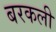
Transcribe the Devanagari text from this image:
बरकली